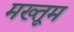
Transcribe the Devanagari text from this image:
मख्तूम